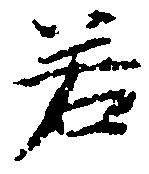
若